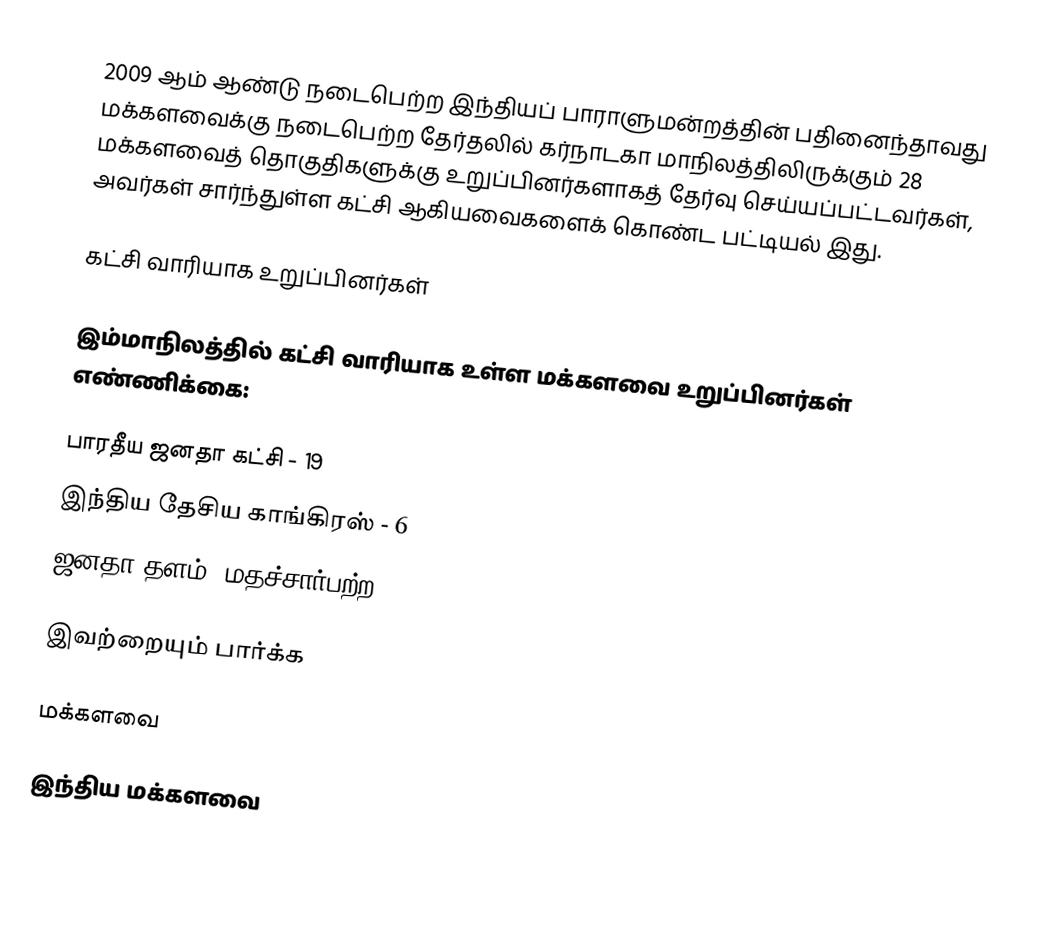
2009 ஆம் ஆண்டு நடைபெற்ற இந்தியப் பாராளுமன்றத்தின் பதினைந்தாவது மக்களவைக்கு நடைபெற்ற தேர்தலில் கர்நாடகா மாநிலத்திலிருக்கும் 28 மக்களவைத் தொகுதிகளுக்கு உறுப்பினர்களாகத் தேர்வு செய்யப்பட்டவர்கள், அவர்கள் சார்ந்துள்ள கட்சி ஆகியவைகளைக் கொண்ட பட்டியல் இது.

கட்சி வாரியாக உறுப்பினர்கள்

இம்மாநிலத்தில் கட்சி வாரியாக உள்ள மக்களவை உறுப்பினர்கள் எண்ணிக்கை:

பாரதீய ஜனதா கட்சி - 19
இந்திய தேசிய காங்கிரஸ் - 6
ஜனதா தளம் (மதச்சார்பற்ற) -3

இவற்றையும் பார்க்க

 மக்களவை

இந்திய மக்களவை